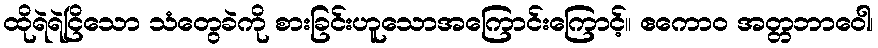
ထိုရဲရဲငြိသော သံတွေခဲကို စားခြင်းဟူသောအကြောင်းကြောင့်။ ဧကောဝ အတ္တဘာဝေါ၊